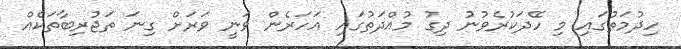
ހިދުމަތުގައި މި ހޭދަކުރެވުނު ދިގު މުއްދަތުގައި އަހަރެން ވަނީ ވަރަށް ގިނަ ތަޖުރިބާތަކެއް